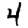
Digit: 4